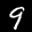
Label: 9